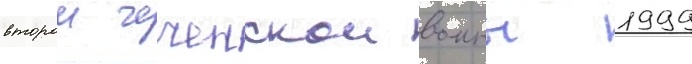
второи чеченскои воины 1999